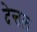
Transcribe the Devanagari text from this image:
देन्तल